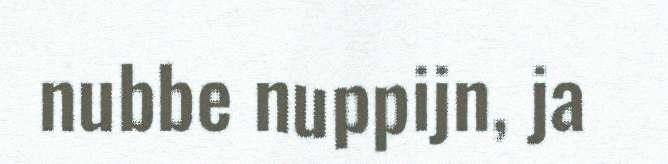
nubbe nuppijn, ja